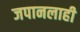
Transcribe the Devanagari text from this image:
जपानलाही